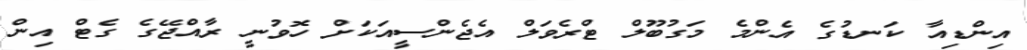
އިންޑިއާ ކަނޑުގެ އެންމެ މަގުބޫލް ޓްރެވަލް އެޖެންސީއަކަށް ހޮވުނީ ރާއްޖޭގެ ގެޓް އިން